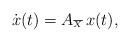
LaTeX: \begin{align*}\dot{x}(t)=A_{\scriptscriptstyle \overline{X}}\,x(t), \end{align*}